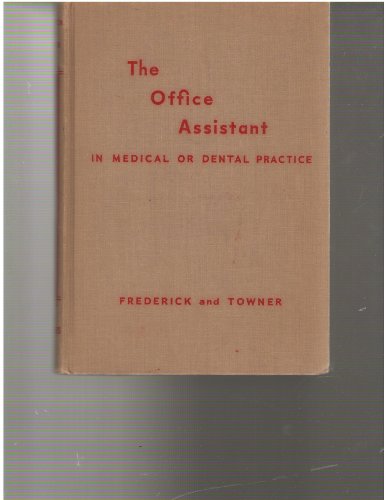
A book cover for The office assistant in medical or dental practice; Portia MaComb Frederick; Medical Books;